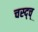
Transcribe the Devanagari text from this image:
चस्द्च्